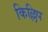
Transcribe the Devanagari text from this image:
किल्लिप